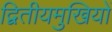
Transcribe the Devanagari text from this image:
द्वितीयमुखियों